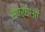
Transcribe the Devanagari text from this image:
स्पर्घाओं